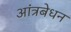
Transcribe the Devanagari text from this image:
आंत्रबेधन